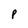
Character: P